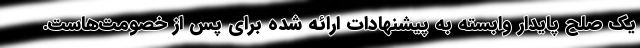
یک صلح پایدار وابسته به پیشنهادات ارائه شده برای پس از خصومت‌هاست.